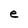
Character: e